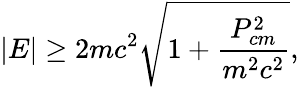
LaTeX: |E|\ge 2mc^{2}\sqrt{1+\frac{P_{cm}^{2}}{m^{2}c^{2}}},